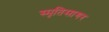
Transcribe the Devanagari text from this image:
स्मृतिसागर